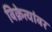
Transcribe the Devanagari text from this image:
विक्रेत्यांवर